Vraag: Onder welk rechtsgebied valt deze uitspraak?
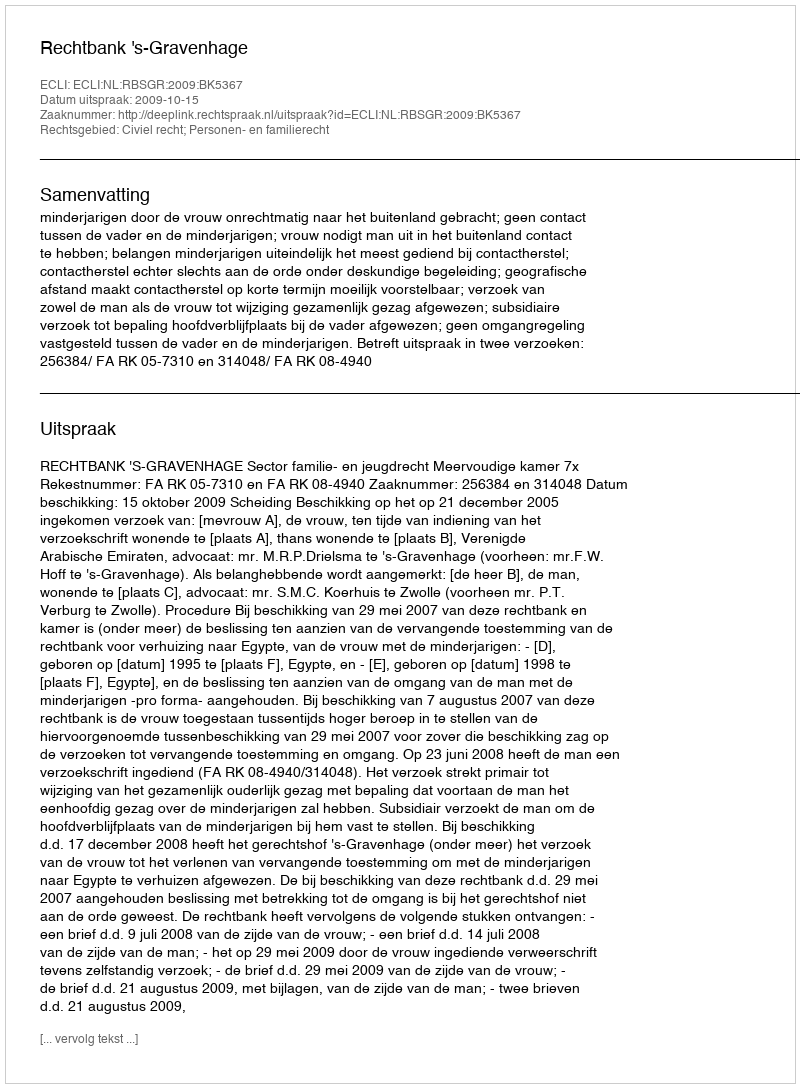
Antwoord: Civiel recht; Personen- en familierecht